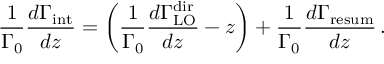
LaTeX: \frac { 1 } { \Gamma _ { 0 } } \frac { d \Gamma _ { \mathrm { i n t } } } { d z } = \bigg ( \frac { 1 } { \Gamma _ { 0 } } \frac { d \Gamma _ { \mathrm { L O } } ^ { \mathrm { d i r } } } { d z } - z \bigg ) + \frac { 1 } { \Gamma _ { 0 } } \frac { d \Gamma _ { \mathrm { r e s u m } } } { d z } \, .